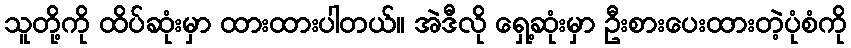
သူတို့ကို ထိပ်ဆုံးမှာ ထားထားပါတယ်။ အဲဒီလို ရှေ့ဆုံးမှာ ဦးစားပေးထားတဲ့ပုံစံကို